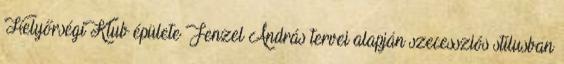
Helyőrségi Klub épülete Fenzel András tervei alapján szecessziós stílusban